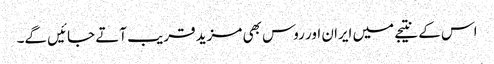
اس کے نتیجے میں ایران اور روس بھی مزید قریب آتے جائیں گے۔